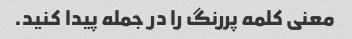
معنی کلمه پررنگ را در جمله پیدا کنید.